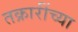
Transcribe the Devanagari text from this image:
तक्रारींच्या